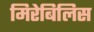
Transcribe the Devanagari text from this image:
मिरेबिलिस